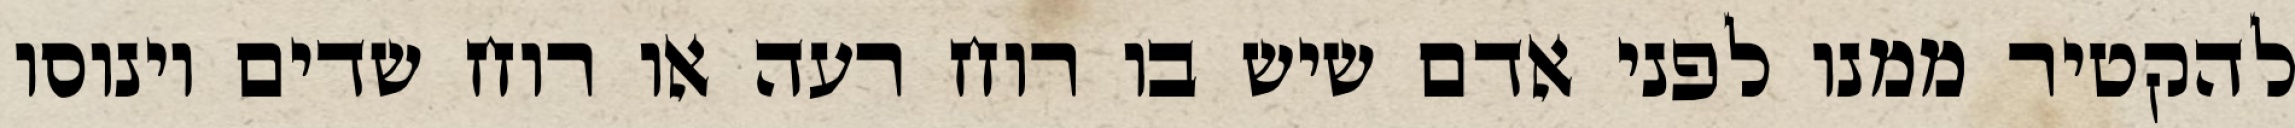
להקטיר ממנו לפני אדם שיש בו רוח רעה או רוח שדים וינוסו